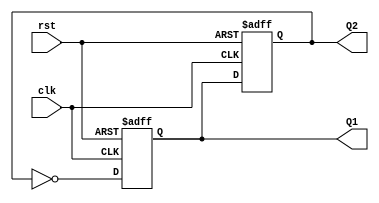
module dual_stage_johnson_counter (
    input wire clk,    // Clock input
    input wire rst,    // Asynchronous reset
    output reg Q1,     // Output of first flip-flop
    output reg Q2      // Output of second flip-flop
);

// Always block triggered on the rising edge of the clock or the reset
always @(posedge clk or posedge rst) begin
    if (rst) begin
        // Reset both flip-flops to 0
        Q1 <= 0;
        Q2 <= 0;
    end else begin
        // Johnson counter logic
        Q1 <= ~Q2;      // D1 = ~Q2
        Q2 <= Q1;       // D2 = Q1
    end
end

endmodule